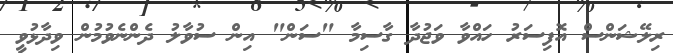
ރިލޭޝަންސް އޮފިސަރު ހައްވާ ވަޖުދާ ގާސިމާ "ސަން" އިން ސުވާލު ދެންނެވުމުން ވިދާޅުވީ